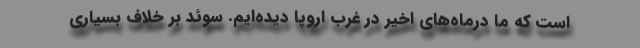
است که ما درماه‌های اخیر در غرب اروپا دیده‌ایم. سوئد بر خلاف بسیاری